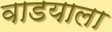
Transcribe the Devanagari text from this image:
वाडयाला